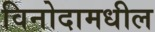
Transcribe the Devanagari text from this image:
विनोदामधील